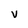
Character: v